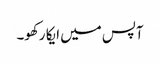
آپس میں ایکا رکھو۔